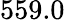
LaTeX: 559.0